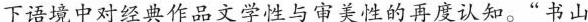
下语境中对经典作品文学性与审美性的再度认知。“书山